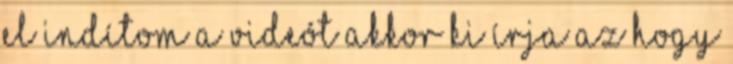
el indítom a videót akkor ki írja az hogy